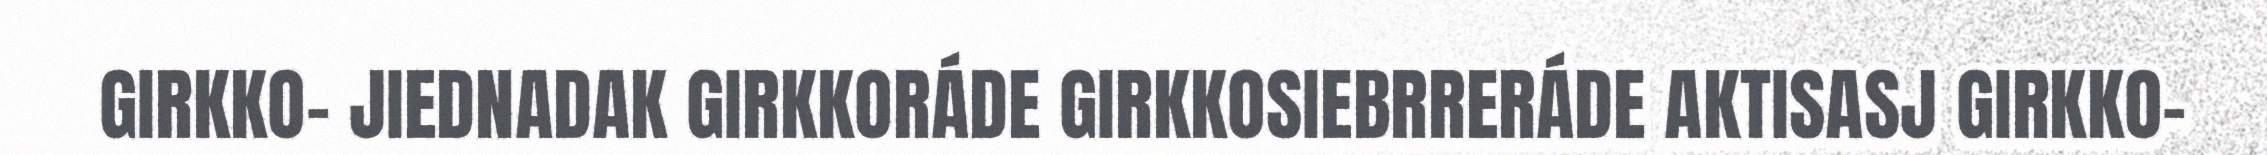
GIRKKO- JIEDNADAK GIRKKORÁDE GIRKKOSIEBRRERÁDE AKTISASJ GIRKKO-